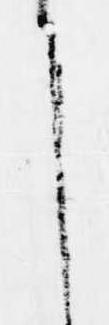
は